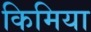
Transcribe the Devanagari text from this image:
किमिया